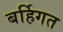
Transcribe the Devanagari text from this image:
बर्हिगत